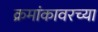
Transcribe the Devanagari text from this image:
क्रमांकावरच्या